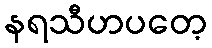
နရသီဟပတေ့